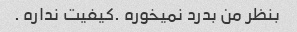
بنظر من بدرد نمیخوره .کیفیت نداره .